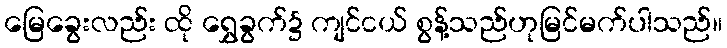
မြေခွေးလည်း ထို ရွှေခွက်၌ ကျင်ငယ် စွန့်သည်ဟုမြင်မက်ပါသည်။